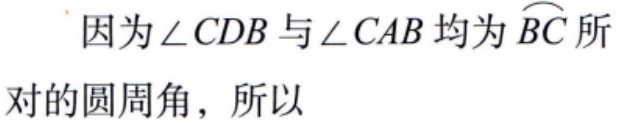
因为\(\angle CDB\)与\(\angle CAB\)均为\(\overset{\frown}{BC}\)所对的圆周角，所以